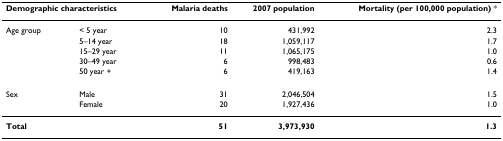
| <COLSPAN=2> Demographic characteristics | Malaria deaths | 2007 population | Mortality (per 100,000 population) * |
 | --- | --- | --- | --- | --- |
 | Age group | < 5 year | 10 | 431,992 | 2.3 |
 |  | 5–14 year | 18 | 1,059,117 | 1.7 |
 |  | 15–29 year | 11 | 1,065,175 | 1.0 |
 |  | 30–49 year | 6 | 998,483 | 0.6 |
 |  | 50 year + | 6 | 419,163 | 1.4 |
 | Sex | Male | 31 | 2,046,504 | 1.5 |
 |  | Female | 20 | 1,927,436 | 1.0 |
 | Total |  | 51 | 3,973,930 | 1.3 |